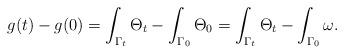
LaTeX: \begin{align*}g(t)-g(0)=\int_{\Gamma_t} \Theta_{t}-\int_{\Gamma_0} \Theta_{0}=\int_{\Gamma_t} \Theta_{t}-\int_{\Gamma_0} \omega.\end{align*}